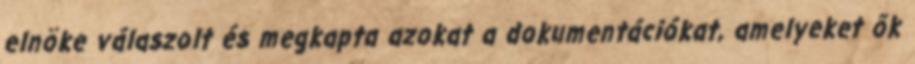
elnöke válaszolt és megkapta azokat a dokumentációkat, amelyeket ők